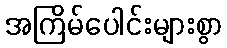
အကြိမ်ပေါင်းများစွာ